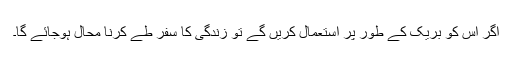
اگر اس کو بریک کے طور پر استعمال کریں گے تو زندگی کا سفر طے کرنا محال ہوجائے گا۔